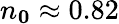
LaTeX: n_{\mathbf{0}}\approx 0.82